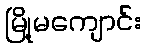
မြို့မကျောင်း